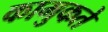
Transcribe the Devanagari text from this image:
कामुकते